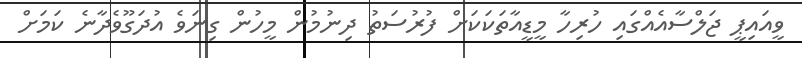
ވީއައިޕީ ޖަލްސާއެއްގައި ހުރިހާ މީޑީއާތަކަކަށް ފުރުސަތު ދިނުމުން މީހުން ގިނަވެ އުދަގޫވެދާނެ ކަމަށް